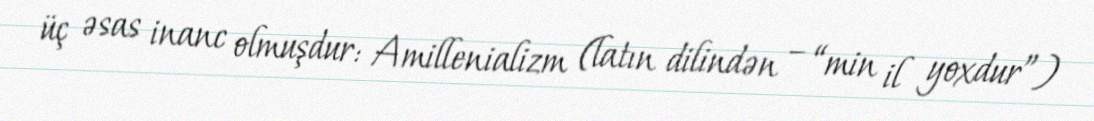
üç əsas inanc olmuşdur: Amillenializm (latın dilindən – “min il yoxdur”)